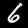
Label: 6